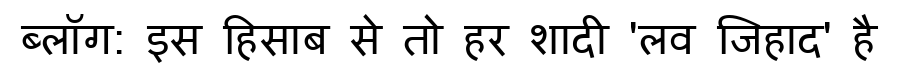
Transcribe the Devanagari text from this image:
ब्लॉग: इस हिसाब से तो हर शादी 'लव जिहाद' है